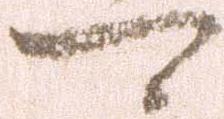
可